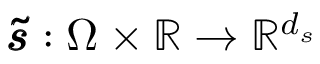
\pmb { \tilde { s } } : \Omega \times \mathbb { R } \rightarrow \mathbb { R } ^ { d _ { s } }